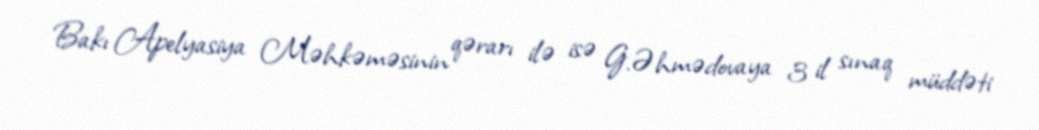
Bakı Apelyasiya Məhkəməsinin qərarı ilə isə G.Əhmədovaya 3 il sınaq müddəti